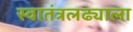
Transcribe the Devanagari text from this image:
स्वातंत्रलढ्याला